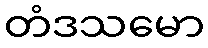
တံဒသမော